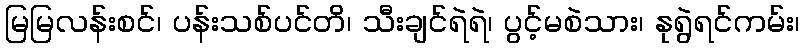
မြမြလန်းစင်၊ ပန်းသစ်ပင်တိ၊ သီးချင်ရဲရဲ၊ ပွင့်မစဲသား၊ နုရွဲရင်ကမ်း၊